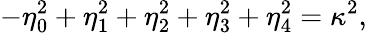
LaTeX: -\eta_{0}^{2}+\eta_{1}^{2}+\eta_{2}^{2}+\eta_{3}^{2}+\eta_{4}^{2}=\kappa^{2},